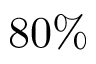
8 0 \%